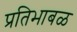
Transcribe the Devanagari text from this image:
प्रतिभाबळ